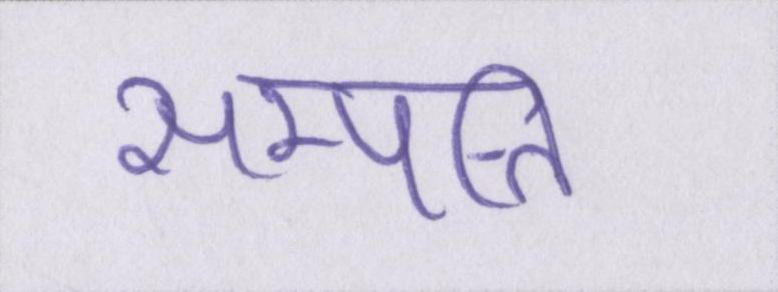
सम्पत्ति